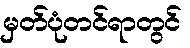
မှတ်ပုံတင်ရာတွင်